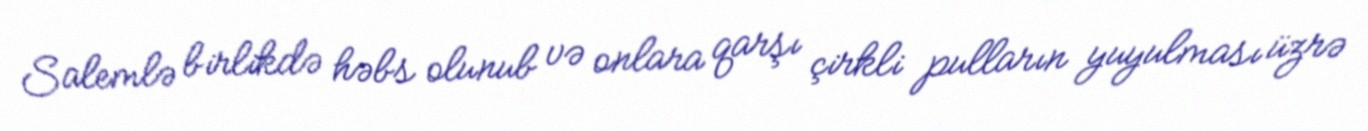
Salemlə birlikdə həbs olunub və onlara qarşı çirkli pulların yuyulması üzrə